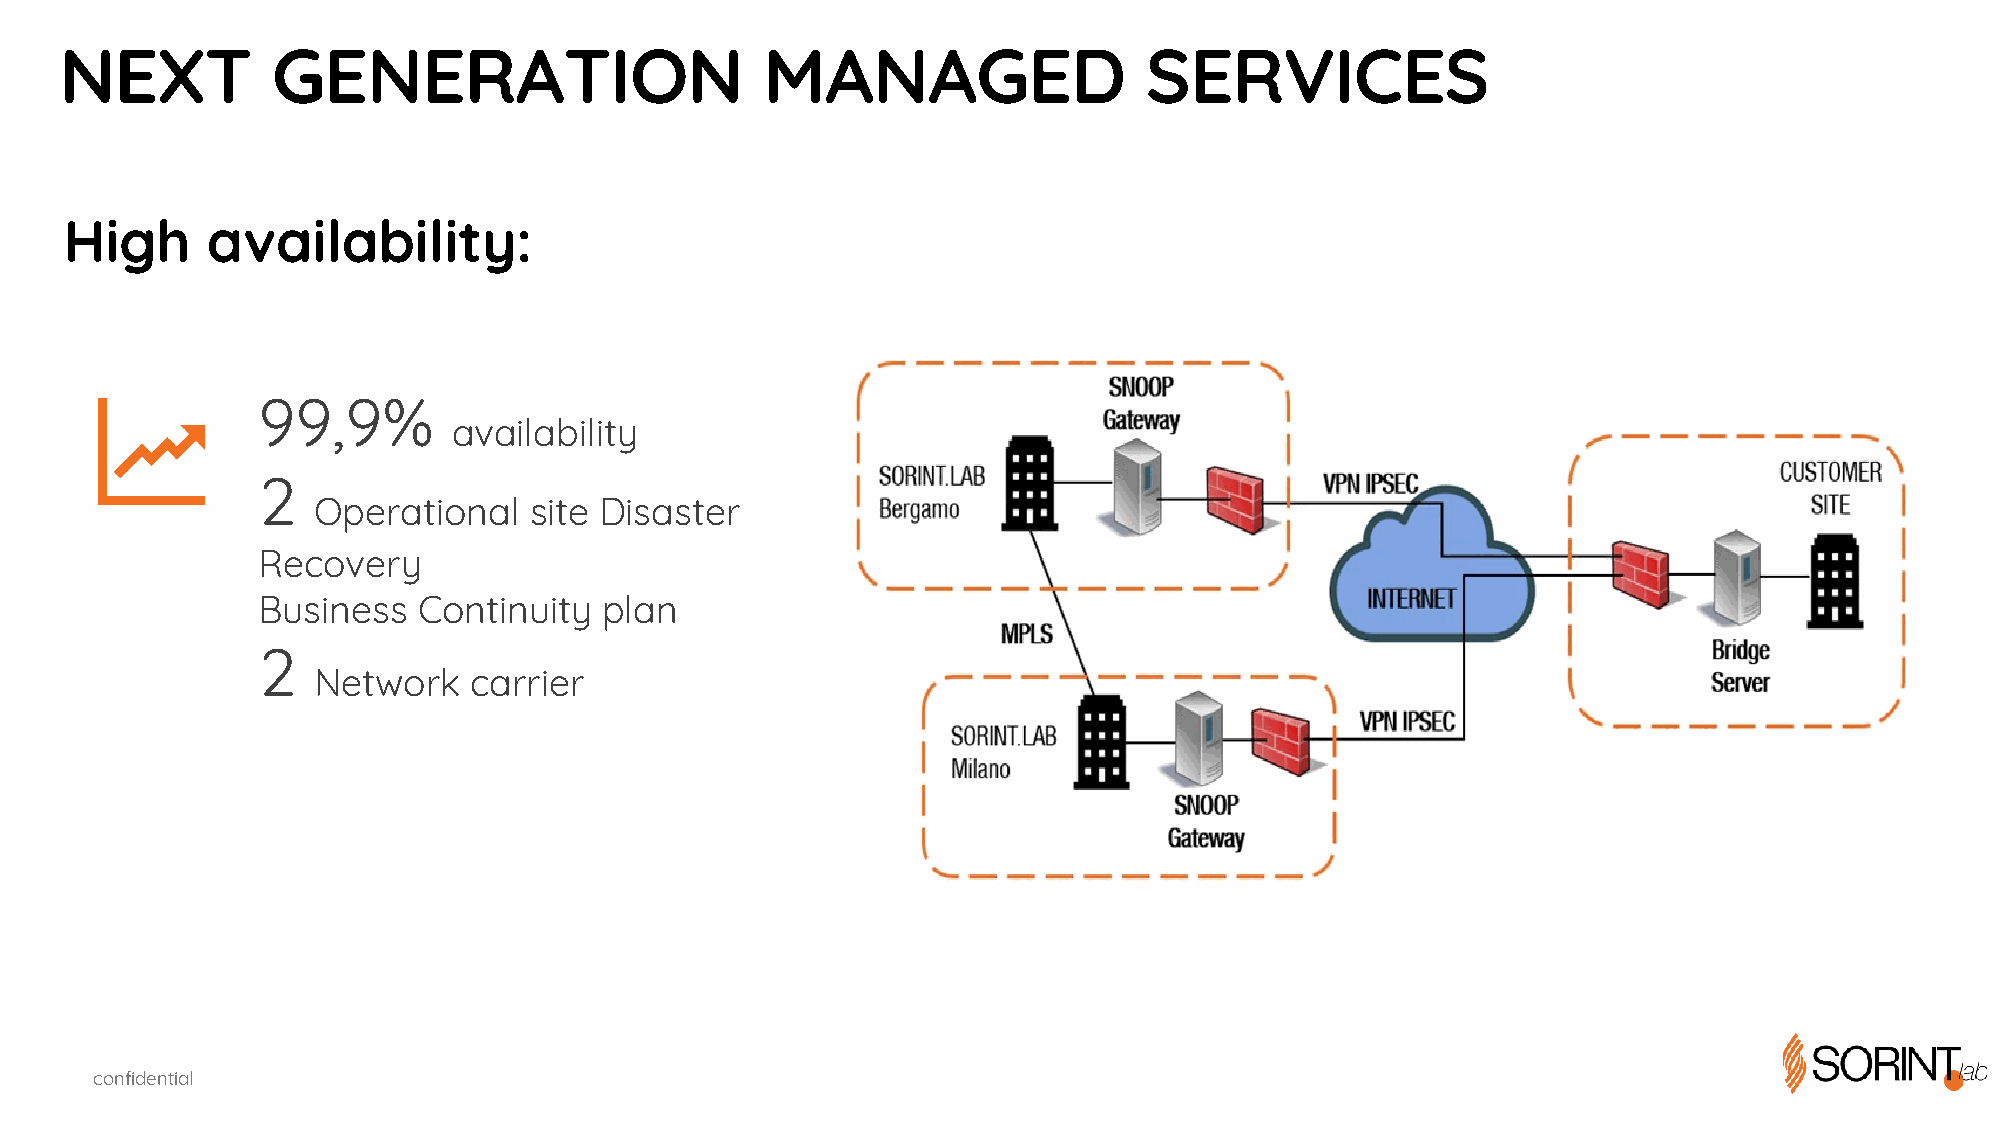
NEXT          GENERATION                       MANAGED                  SERVICES
 High      availability:
 99,9%
 availability
 2
 Operational   site Disaster
 Recovery
 Business   Continuity  plan
 2
 Network   carrier
 confidential